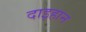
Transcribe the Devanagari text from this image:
दाइहान